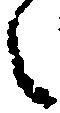
之